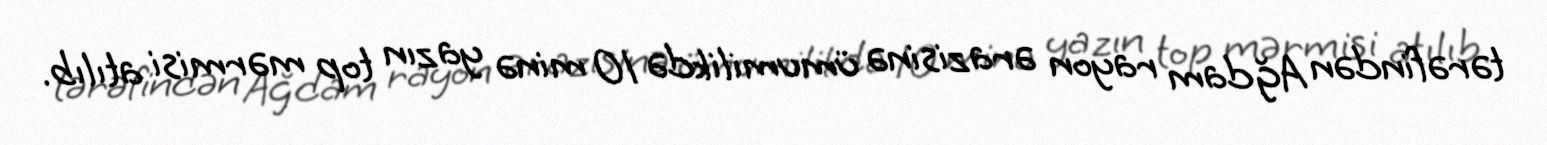
tərəfindən Ağdam rayon ərazisinə ümumilikdə 10 minə yazın top mərmisi atılıb.